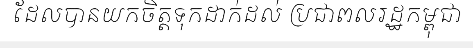
ដែលបានយកចិត្តទុកដាក់ដល់ ប្រជាពលរដ្ឋកម្ពុជា